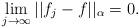
LaTeX: \begin{align*}\lim_{j\rightarrow \infty} || f_j - f ||_{\alpha } = 0.\end{align*}